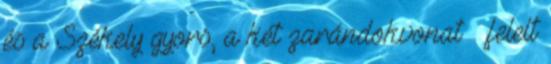
és a Székely gyors, a két zarándokvonat – felelt